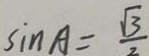
\sin A = \frac { \sqrt { 3 } } { 2 }